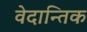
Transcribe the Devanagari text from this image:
वेदान्तिक